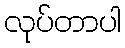
လုပ်တာပါ